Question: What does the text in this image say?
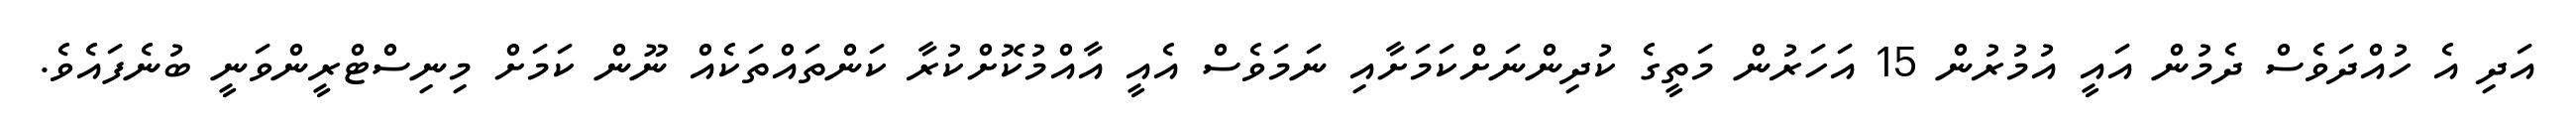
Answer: އަދި އެ ހުއްދަވެސް ދެމުން އައީ އުމުރުން 15 އަހަރުން މަތީގެ ކުދިންނަށްކަމަށާއި ނަމަވެސް އެއީ އާއްމުކޮށްކުރާ ކަންތައްތަކެއް ނޫން ކަމަށް މިނިސްޓްރީންވަނީ ބުނެފައެވެ.